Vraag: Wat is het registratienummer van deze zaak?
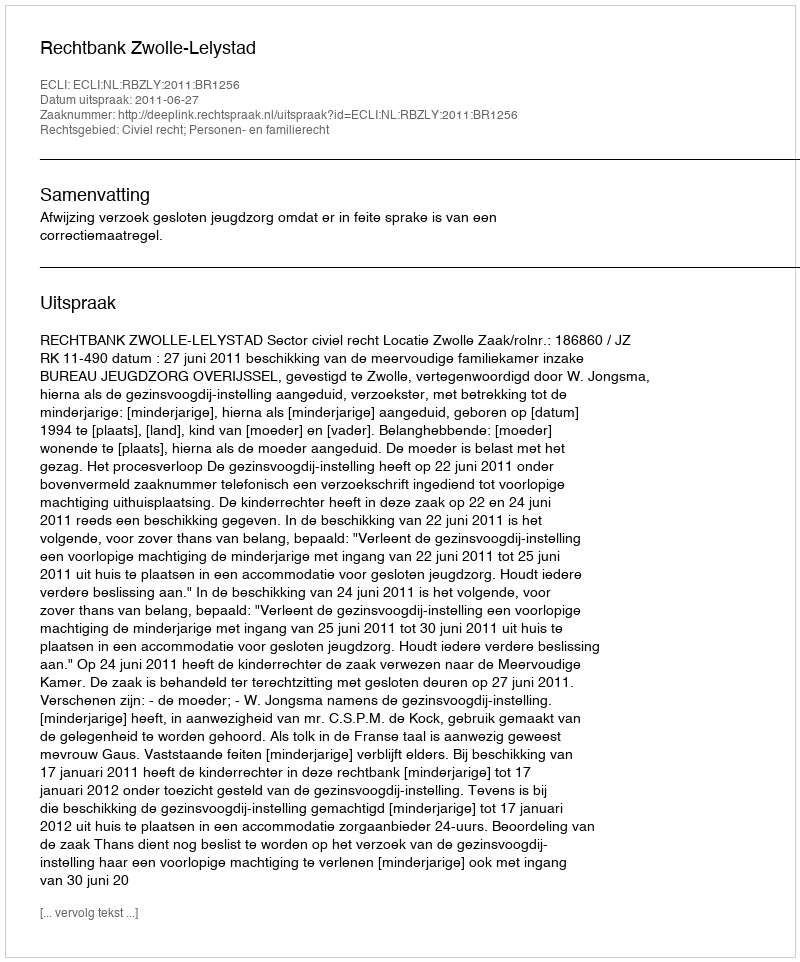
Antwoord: http://deeplink.rechtspraak.nl/uitspraak?id=ECLI:NL:RBZLY:2011:BR1256